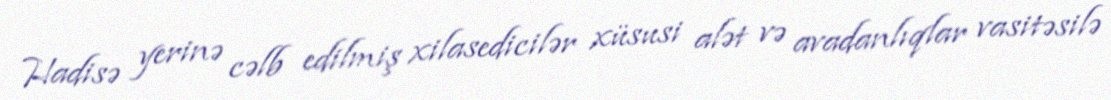
Hadisə yerinə cəlb edilmiş xilasedicilər xüsusi alət və avadanlıqlar vasitəsilə